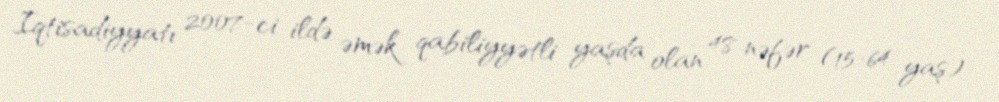
İqtisadiyyatı 2007-ci ildə əmək qabiliyyətli yaşda olan 48 nəfər (15-64 yaş)